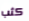
كثب